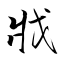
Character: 戕